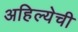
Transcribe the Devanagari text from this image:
अहिल्येची